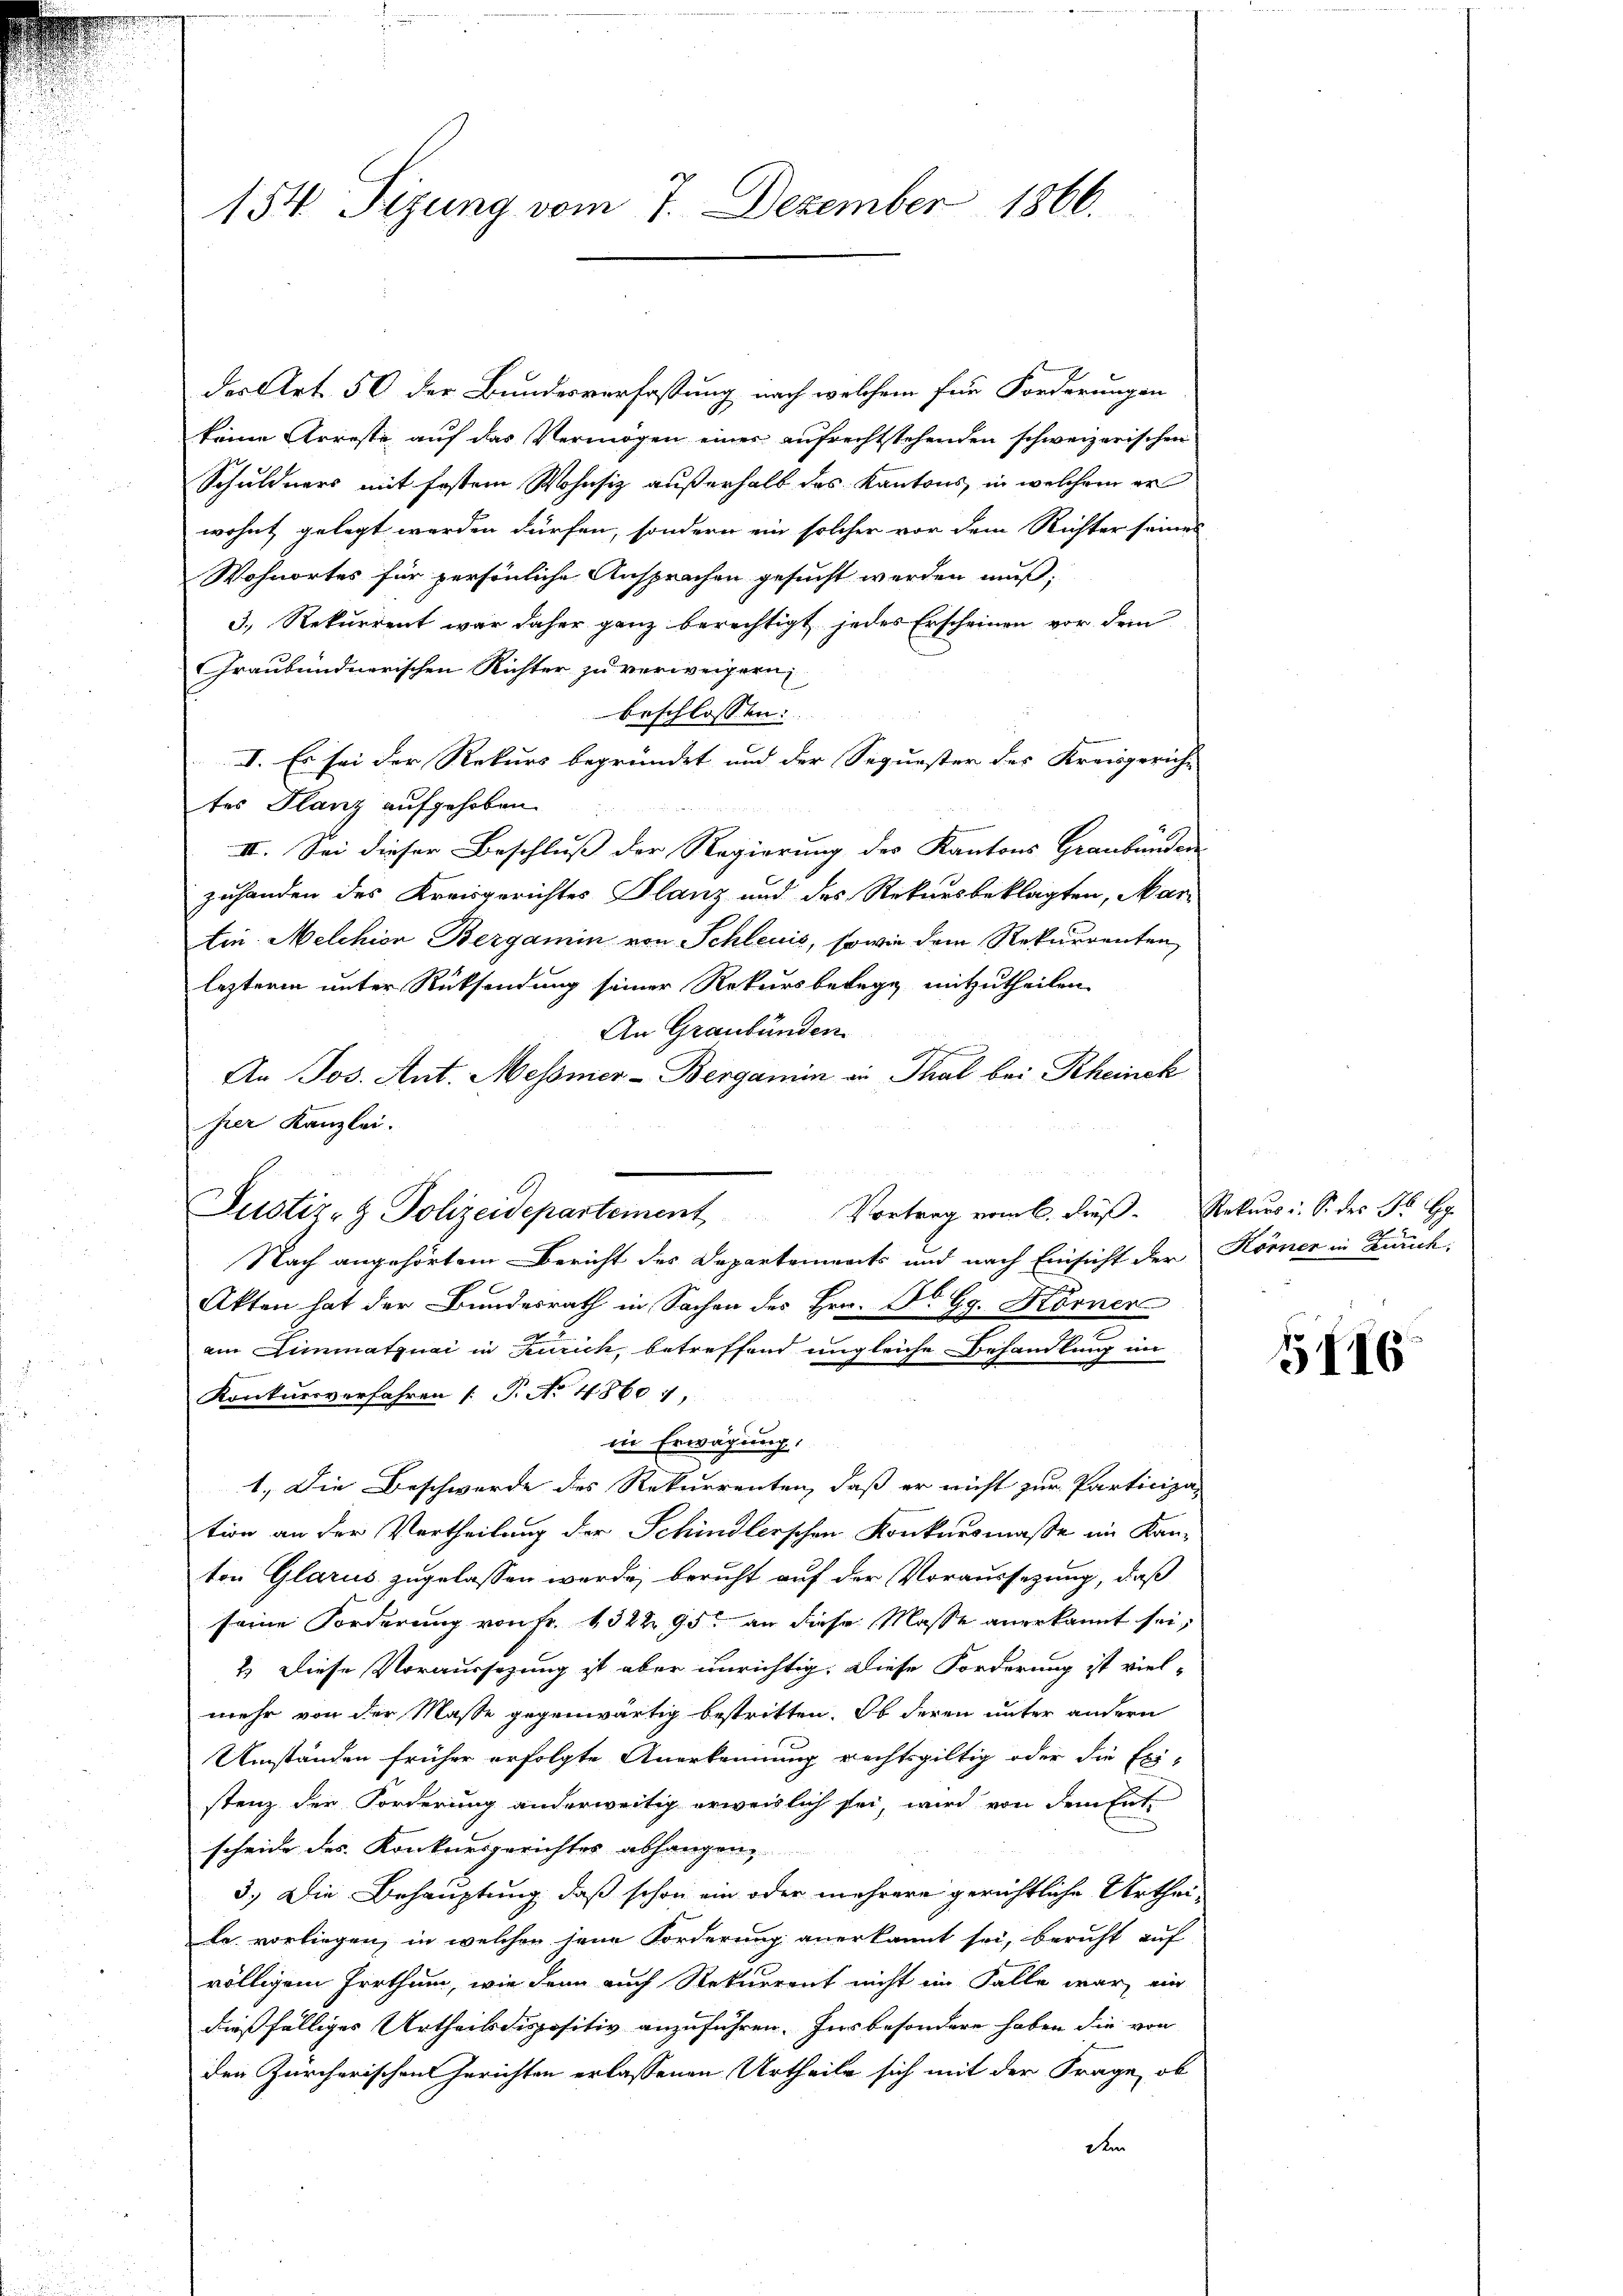
154 Sizung vom 7. Dezember 1866.

der Art. 56 der Bundesverfassung nach welchem für Forderungen
keine Arreste auf das Vermögen einer aufrechtstehenden schweizerischen
Schuldners mit fostem Wohnsiz außerhalb des Kantons, in welchem er
wohnt gelegt werden dürfen, sondern ein solcher vor dem Richter seines
Wohnortes für persönliche Ansprachen gesucht werden muß;
3., Rekurrent war daher ganz berechtigt jedes Erscheinen vor dem
Graubündnerischen Richter zu verweigern,
beschlossen:
I. Es sei der Rekurs begründet und der Sequester des Kreisgericht
tes Flanz aufgehoben.
III. Sei dieser Beschluß der Regierung des Kantons Graubünden
zuhanden des Kreisgerichtes Planz und des Rekursbeklagten, Martin. Melchion Bergamin von Schleuis, sowie dem Rekurrenten
lezteren unter Rücksendung seiner Rekursbetage mitzutheilen.
An Graubünden
An Jos. Ant. Messner-Bergamin in Thal bei Rheinck
hier Kanzlei.
Justiz- & Polizeidepartement Vortrag vom 6. dieβ. Rekursi. S. des Fr. G
Nach angehörtem Bericht des Departements und nach Einsicht der Körner in Bruch,
Akten hat der Bundesrath in Sachen des Hrn. Dr G. Körner
am Limmatznai in Kurich, betreffend ungleiche Behandlung in
Konkursverfahren /: P. No 4860),
in Erwägung.
1. Die Beschwerde des Rekurrenten, daß er nicht zur Participa
tion an der Vertheilung der Schindlerschen Konkursmaße im Kanton Glarus zugelassen werde, beruht auf der Voraussezung, daß
seine Forderung von Fr. 1322 95. an diese Masse anerkannt sei,
2.) Diese Voraussezung ist aber unrichtig. Diese Forderung ist viel-
mehr von der Masse gegenwärtig bestritten. Ob deren unter andern
Umständen früher erfolgte Anerkennung rechtsgültig oder die Exi-
stenz der Forderung anderweitig erweislich sei, wird von dem Entscheide des Konkursgerichtes abhangen
3.) Die Behauptung, daß schon ein oder mehrere gerichtliche Urtheika. vorliegen, in welchen jene Forderung anerkannt sei, beruht auf
völligem Irrthum, wie denn auch Rekurrent nicht im Falle war, ein
dießfälliger Urtheilsdispositiv anzuführen. Ins besondere haben die von
den Zürcherischen Gerichten erlassenen Urtheile sich mit der Frage, ob
de

5116